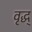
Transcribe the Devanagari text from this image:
वृद्ध्